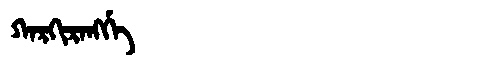
Manchu: ᡴᠠᡵᡴᡳᡵᠠᠩᡤᡝ
Romanization: KARKIRANGGE